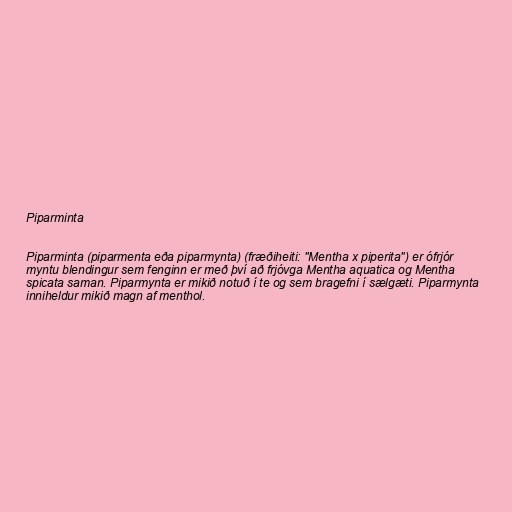
Piparminta

Piparminta (piparmenta eða piparmynta) (fræðiheiti: "Mentha x piperita") er ófrjór
myntu blendingur sem fenginn er með því að frjóvga Mentha aquatica og Mentha
spicata saman. Piparmynta er mikið notuð í te og sem bragefni í sælgæti. Piparmynta
inniheldur mikið magn af menthol.